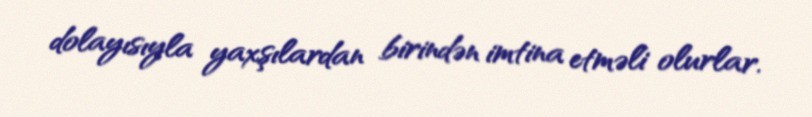
dolayısıyla yaxşılardan birindən imtina etməli olurlar.